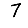
Digit: 7